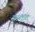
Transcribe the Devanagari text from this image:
सालुब